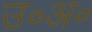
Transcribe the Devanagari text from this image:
उ॰अ॰